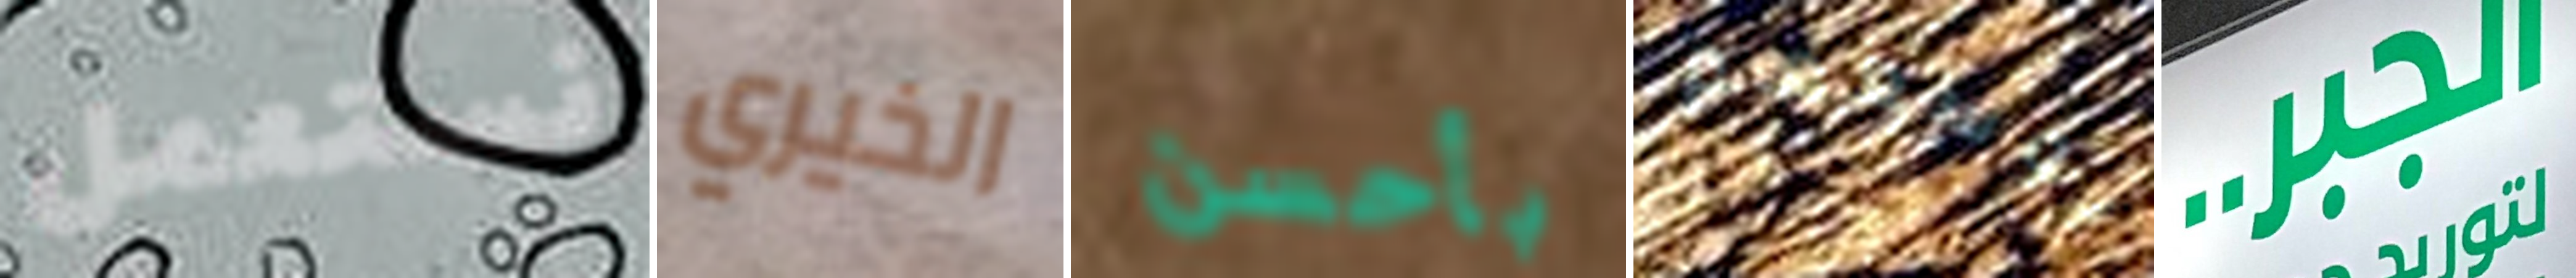
نستعمل الخيري بأحسن بوسعهم الجبر..